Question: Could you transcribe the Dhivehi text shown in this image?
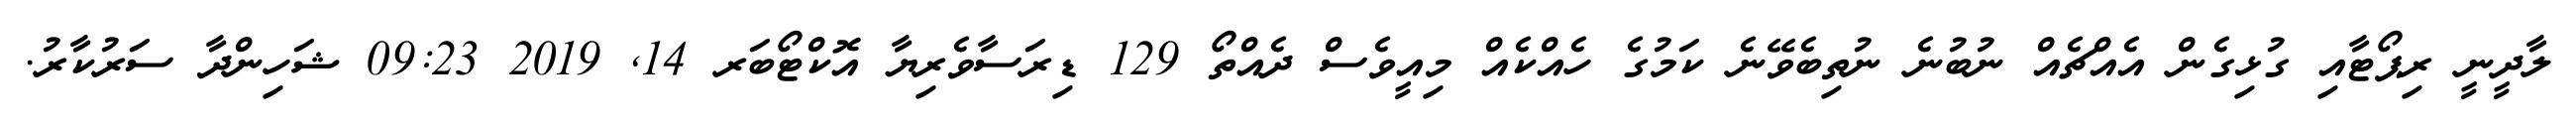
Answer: ލާދީނީ ރިޕޯޓާއި ގުޅިގެން އެއްޗެއް ނުބުނެ ނުތިބެވޭނެ ކަމުގެ ހެއްކެއް މިއީވެސް ދެއްތޯ 129 ޑިރަސާވެރިޔާ އޮކްޓޯބަރ 14, 2019 09:23 ޝަހިންދާ ސަރުކާރު.